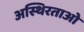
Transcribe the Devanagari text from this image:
अस्थिरताओं